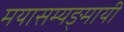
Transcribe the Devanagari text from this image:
मयासम्यङ्मायी